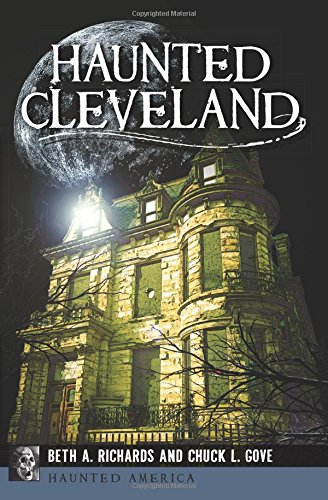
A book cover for Haunted Cleveland (Haunted America); Beth A. Richards; Religion & Spirituality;